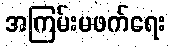
အကြမ်းမဖက်ရေး